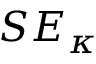
S E _ { \kappa }